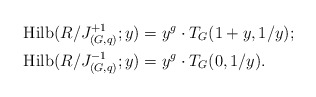
\begin{align*} \mathrm{Hilb}(R/J^{+1}_{(G,q)};y) &= y^g\cdot T_G(1+y,1/y); \\ \mathrm{Hilb}(R/J^{-1}_{(G,q)};y) &= y^g\cdot T_G(0,1/y). \end{align*}